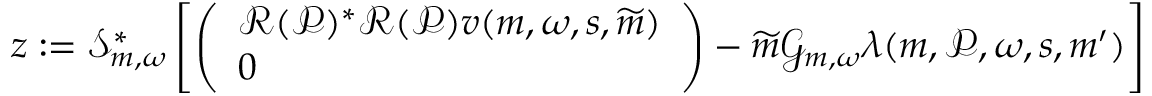
\begin{array} { r } { z : = \mathscr { S } _ { \boldsymbol { m } , \omega } ^ { * } \left[ \left( \begin{array} { l } { { \mathcal R } ( \mathcal { P } ) ^ { * } { \mathcal R } ( \mathcal { P } ) v ( \boldsymbol { m } , \omega , s , \widetilde { \boldsymbol { m } } ) } \\ { 0 } \end{array} \right) - \widetilde { m } \mathcal { G } _ { \boldsymbol { m } , \omega } \lambda ( \boldsymbol { m } , \mathcal { P } , \omega , s , \boldsymbol { m } ^ { \prime } ) \right] } \end{array}